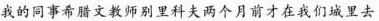
我的同事希腊文教师别里科夫两个月前才在我们城里去